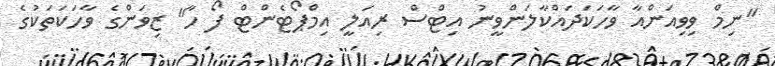
"ނިމް ވިވިއަންއާ ވާހަކަދައްކާލަންވީނު އިޓްސް ރިއަލީ އިމްޕޯޓެންޓް ފޯ ހާ" ޒިވަންގެ ވާހަކަތަކުގެ